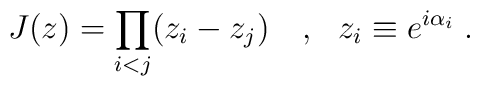
J(z)=\prod_{i<j}(z_i-z_j)~~~,~~z_i\equiv e^{i\alpha_i} \; .